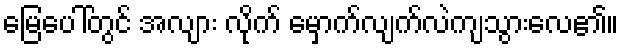
မြေပေါ်တွင် အလျား လိုက် မှောက်လျက်လဲကျသွားလေ၏။